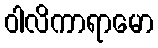
ဝါလိကာရာမော